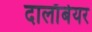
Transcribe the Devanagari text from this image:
दालाँबेयर